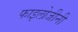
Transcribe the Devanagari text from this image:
फाइलोजीनी